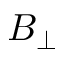
B _ { \perp }